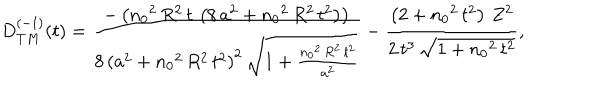
LaTeX: \begin{array} { c } { { D _ { T M } ^ { ( - 1 ) } ( t ) = \displaystyle { \frac { - \left( { n _ { 0 } } ^ { 2 } \, R ^ { 2 } \, t \, \left( 8 \, a ^ { 2 } + { n _ { 0 } } ^ { 2 } \, R ^ { 2 } \, t ^ { 2 } \right) \right) } { 8 \, { \left( a ^ { 2 } + { n _ { 0 } } ^ { 2 } \, R ^ { 2 } \, t ^ { 2 } \right) } ^ { 2 } \, { \sqrt { 1 + \frac { { n _ { 0 } } ^ { 2 } \, R ^ { 2 } \, t ^ { 2 } } { a ^ { 2 } } } } } - \frac { \left( 2 + { n _ { 0 } } ^ { 2 } \, t ^ { 2 } \right) \, Z ^ { 2 } } { 2 \, t ^ { 3 } \, { \sqrt { 1 + { n _ { 0 } } ^ { 2 } \, t ^ { 2 } } } } } , } } \\ \end{array}